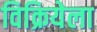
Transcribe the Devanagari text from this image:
विक्रियेला